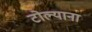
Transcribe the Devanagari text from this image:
टोल्याना